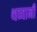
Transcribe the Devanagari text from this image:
थव्यानी